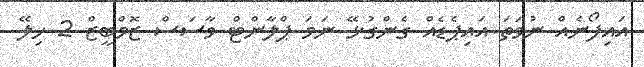
އައިފޯނެއް ނުވަތަ އައިޕެޑެއް ގެންގުޅޭ ނަމަ ޕްލާންޓް ވާސަސް ޒޮމްބީޒް 2 ހިލޭ